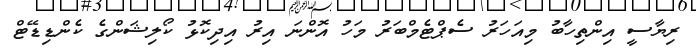
ރިޔާސީ އިންތިހާބު މިއަހަރު ސެޕްޓެމްބަރު މަހު އޮންނަ އިރު އިދިކޮޅު ކޯލިޝަންގެ ކެންޑިޑޭޓް